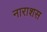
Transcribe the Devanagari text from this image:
नाराशस